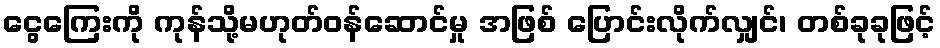
ငွေကြေးကို ကုန်သို့မဟုတ်ဝန်ဆောင်မှု အဖြစ် ပြောင်းလိုက်လျှင်၊ တစ်ခုခုဖြင့်